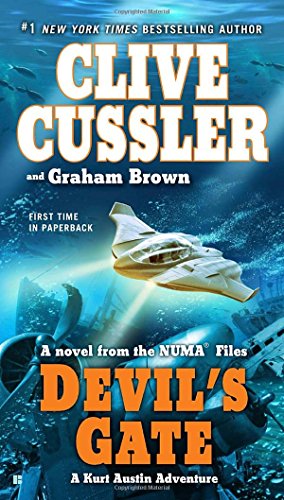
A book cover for Devil's Gate (Numa Files, Book 9); Clive Cussler; Literature & Fiction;